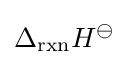
\Delta _{\text{rxn}}H^{\ominus }